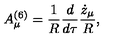
A _ { \mu } ^ { ( 6 ) } = { \frac { 1 } { R } } { \frac { d } { d \tau } } { \frac { \dot { z } _ { \mu } } { R } } ,